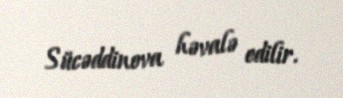
Sücəddinova həvalə edilir.